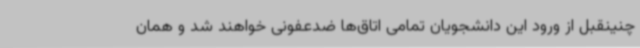
چنینقبل از ورود این دانشجویان تمامی اتاق‌ها ضدعفونی خواهند شد و همان